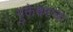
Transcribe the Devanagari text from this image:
मुक्तेश्वरांचा